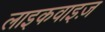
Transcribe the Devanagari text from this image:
लाइकवाइज़